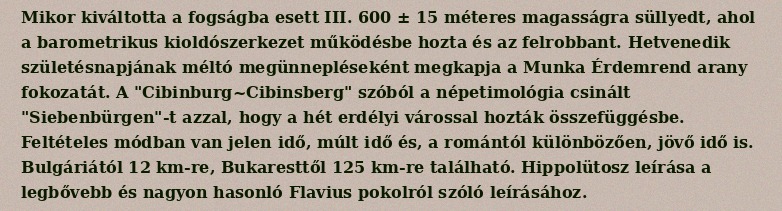
Mikor kiváltotta a fogságba esett III. 600 ± 15 méteres magasságra süllyedt, ahol a barometrikus kioldószerkezet működésbe hozta és az felrobbant. Hetvenedik születésnapjának méltó megünnepléseként megkapja a Munka Érdemrend arany fokozatát. A "Cibinburg~Cibinsberg" szóból a népetimológia csinált "Siebenbürgen"-t azzal, hogy a hét erdélyi várossal hozták összefüggésbe. Feltételes módban van jelen idő, múlt idő és, a romántól különbözően, jövő idő is. Bulgáriától 12 km-re, Bukaresttől 125 km-re található. Hippolütosz leírása a legbővebb és nagyon hasonló Flavius pokolról szóló leírásához.